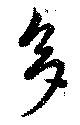
多